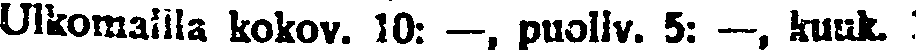
Ulkomailla kokov. 10: —, puoliv. 5: —, kuuk. .